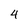
Character: 4